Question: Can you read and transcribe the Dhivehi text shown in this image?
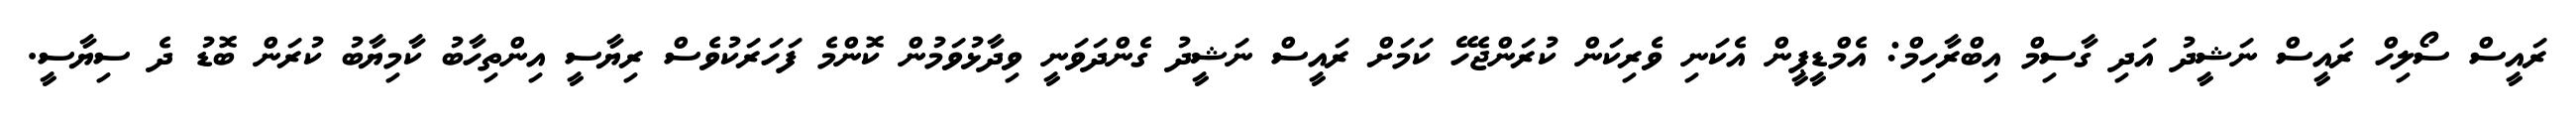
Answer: ރައީސް ސޯލިހް ރައީސް ނަޝީދު އަދި ގާސިމް އިބްރާހިމް: އެމްޑީޕީން އެކަނި ވެރިކަން ކުރަންޖެހޭ ކަމަށް ރައީސް ނަޝީދު ގެންދަވަނީ ވިދާޅުވަމުން ކޮންމެ ފަހަރަކުވެސް ރިޔާސީ އިންތިހާބު ކާމިޔާބު ކުރަން ބޮޑު ދެ ސިޔާސީ.